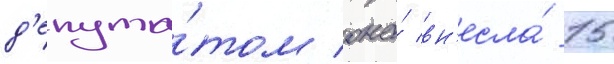
д'епута́том она́ вн'есла́ 15